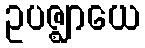
ဥပဇ္ဈာယေ